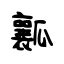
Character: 瓤